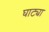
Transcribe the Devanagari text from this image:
घाट्या